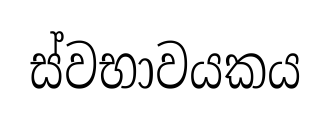
ස්වභාවයකය